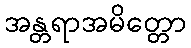
အန္တရာအမိတ္တော